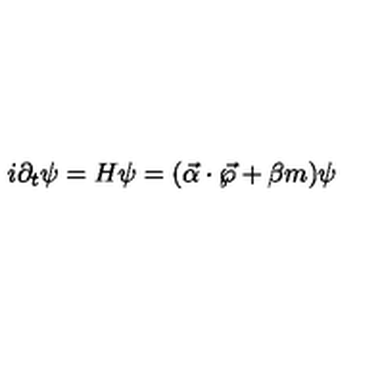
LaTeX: i { \partial } _ { t } \psi = H \psi = ( \vec { \alpha } \cdot \vec { \wp } + \beta m ) \psi